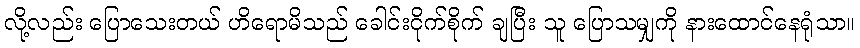
လို့လည်း ပြောသေးတယ် ဟိရောမိသည် ခေါင်းငိုက်စိုက် ချပြီး သူ ပြောသမျှကို နားထောင်နေရုံသာ။